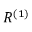
R ^ { ( 1 ) }